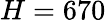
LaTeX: H=670